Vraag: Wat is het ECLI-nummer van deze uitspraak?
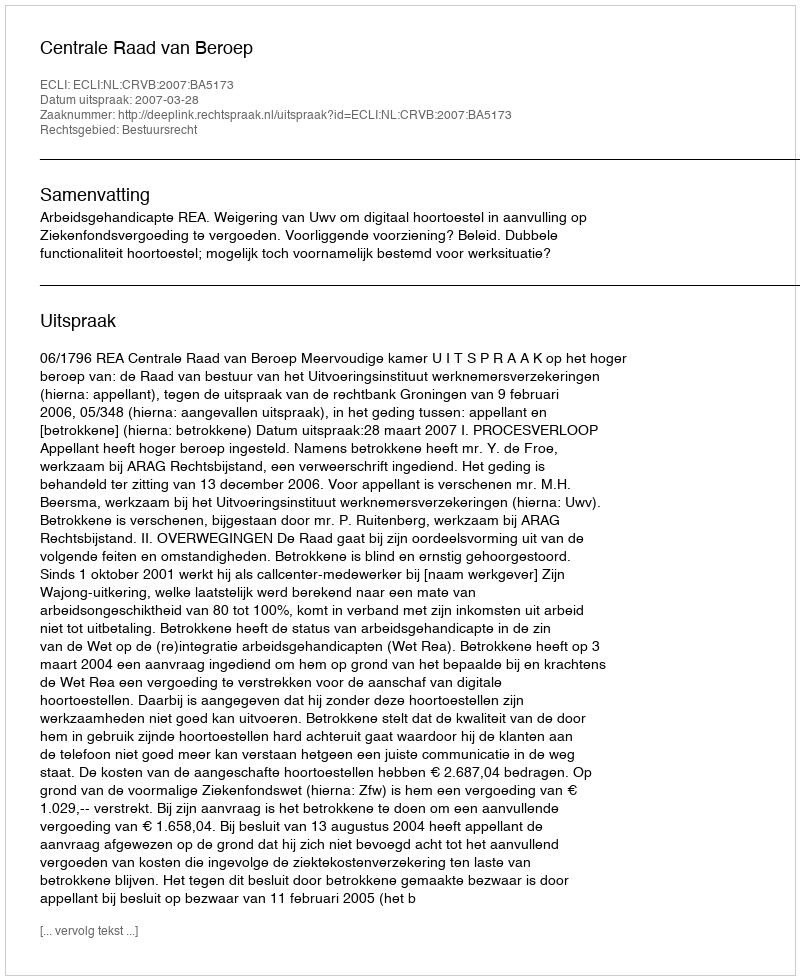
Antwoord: ECLI:NL:CRVB:2007:BA5173